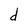
Character: d